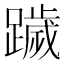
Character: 䠩